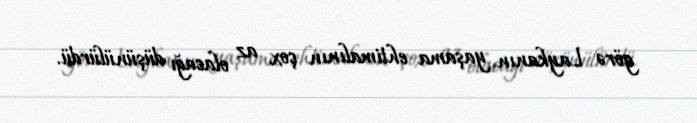
görə Laykanın yaşama ehtimalının çox az olacağı düşünülürdü.